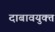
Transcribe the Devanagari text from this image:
दाबावयुक्त